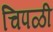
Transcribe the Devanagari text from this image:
चिपळी